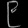
Digit: ၉